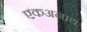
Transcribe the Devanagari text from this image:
एकअनाथ